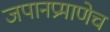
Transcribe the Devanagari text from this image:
जपानप्रमाणेच